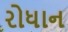
રોધાન